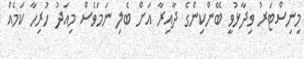
މިނިސްޓަރު ވިދާޅުވީ ބޭންކިންގެ ދާއިރާ އަށް ބެލި ނަމަވެސް މިއަދު ހުރިހާ ކަމެއް